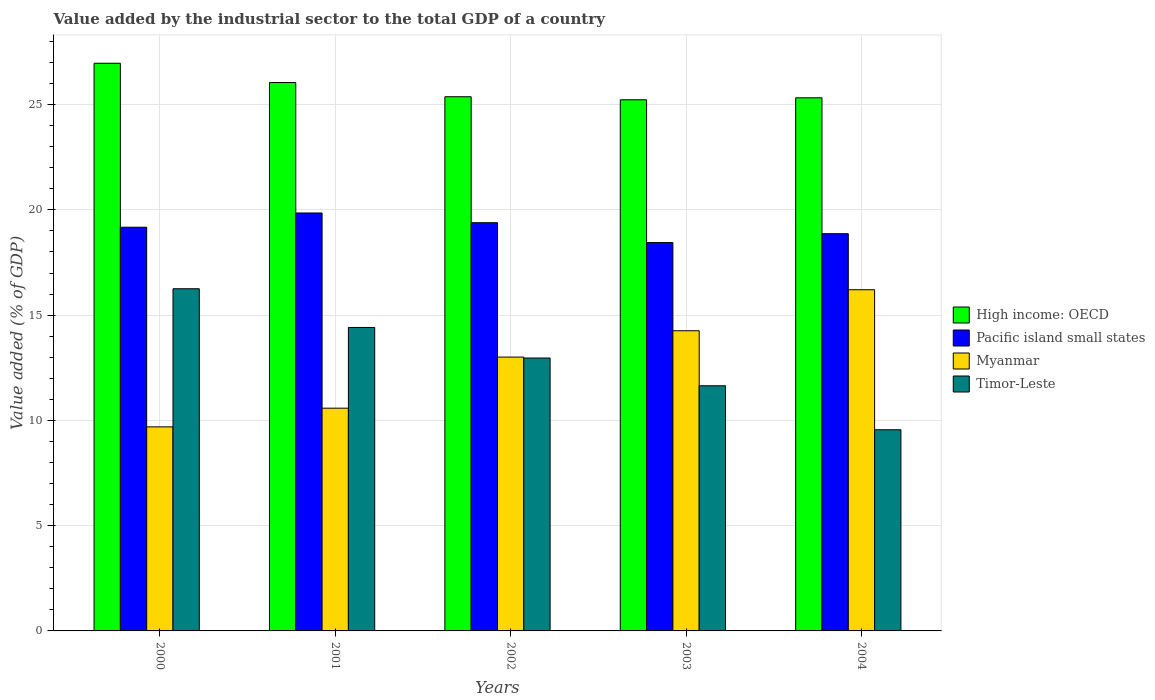
| Years | High income: OECD | Pacific island small states | Myanmar | Timor-Leste |
 | --- | --- | --- | --- | --- |
 | 2000 | 27 | 19.2 | 9.69 | 16.3 |
 | 2001 | 26 | 19.9 | 10.6 | 14.4 |
 | 2002 | 25.4 | 19.4 | 13 | 13 |
 | 2003 | 25.2 | 18.4 | 14.3 | 11.6 |
 | 2004 | 25.3 | 18.9 | 16.2 | 9.56 |